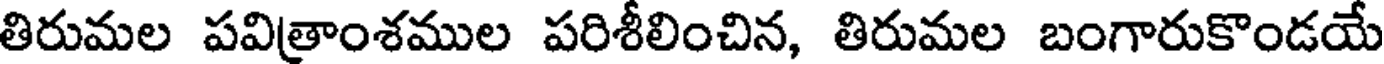
తిరుమల పవిత్రాంశముల పరిశీలించిన, తిరుమల బంగారుకొండయే